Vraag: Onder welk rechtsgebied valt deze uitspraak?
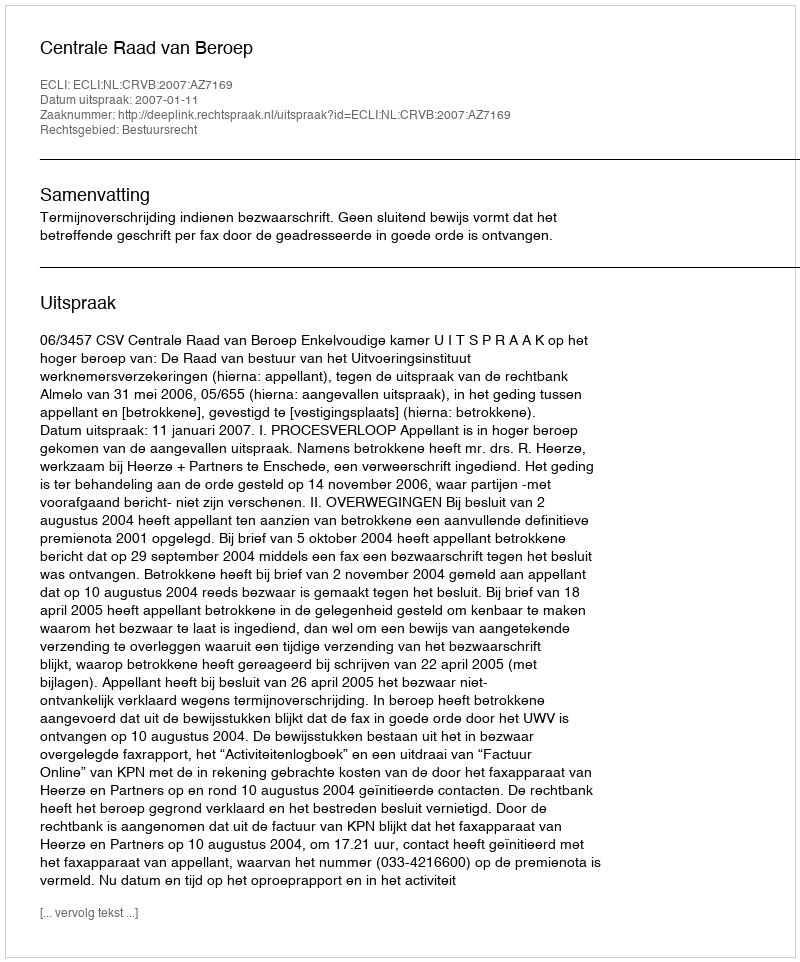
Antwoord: Bestuursrecht